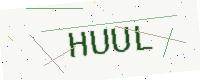
Text: HUUL